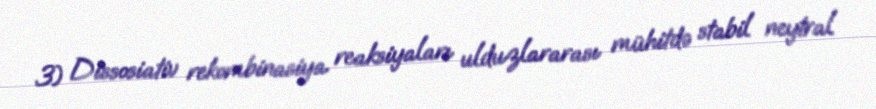
3) Dissosiativ rekombinasiya reaksiyaları ulduzlararası mühitdə stabil neytral